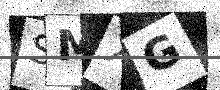
Text: SMXG